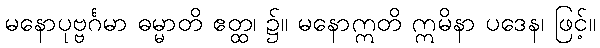
မနောပုဗ္ဗင်္ဂမာ ဓမ္မာတိ ဧတ္ထ၊ ၌။ မနောဣတိ ဣမိနာ ပဒေန၊ ဖြင့်။